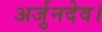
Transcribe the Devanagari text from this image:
अर्जुनदेव।